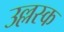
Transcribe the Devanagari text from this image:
उल्लस्क